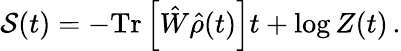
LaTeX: \mathcal{S}(t)=-\mathrm{Tr}\left[\hat{W}\hat{\rho}(t)\right]t+\log Z(t)\, .